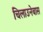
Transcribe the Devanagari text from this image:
चिलाउनेबास